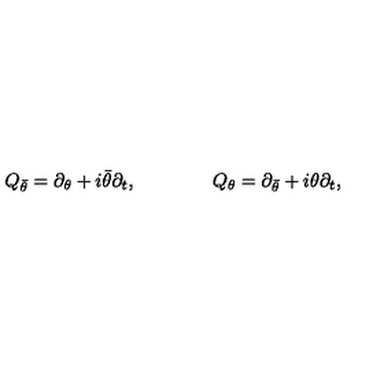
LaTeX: Q _ { \bar { \theta } } = \partial _ { \theta } + i \bar { \theta } \partial _ { t } , \qquad \qquad Q _ { \theta } = \partial _ { \bar { \theta } } + i \theta \partial _ { t } ,